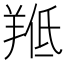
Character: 𱻍